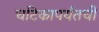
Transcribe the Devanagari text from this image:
घटिकापर्यंतची